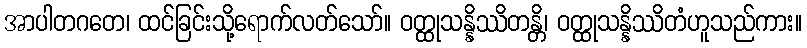
အာပါတဂတေ၊ ထင်ခြင်းသို့ရောက်လတ်သော်။ ဝတ္ထုသန္နိဿိတန္တိ၊ ဝတ္ထုသန္နိဿိတံဟူသည်ကား။